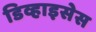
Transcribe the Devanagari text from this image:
डिव्हाइसेस